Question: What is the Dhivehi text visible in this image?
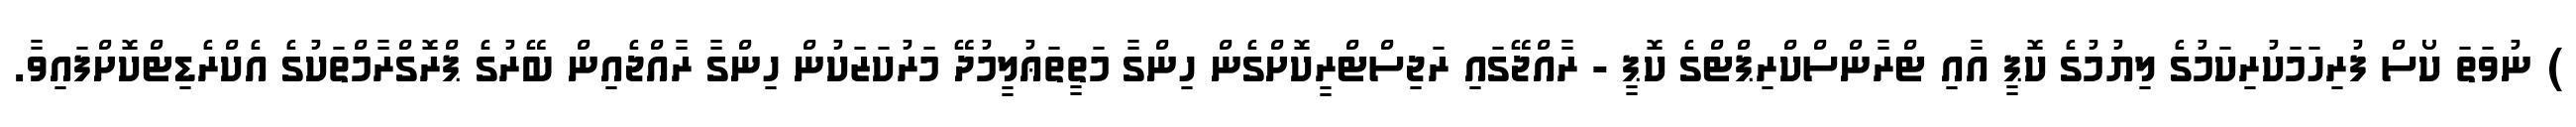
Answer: ) ނުވަތަ ކޯސް ފުރިހަމަކުރިކަމުގެ ލިޔުމުގެ ކޮޕީ އާއި ޓްރާންސްކްރިޕްޓްގެ ކޮޕީ - ރާއްޖޭގައި ރަޖިސްޓްރީކޮށްގެން ހިންގާ މަތީތަޢުލީމުދޭ މަރުކަޒަކުން ހިންގާ ރާއްޖެއިން ބޭރުގެ ޕްރޮގްރާމްތަކުގެ އެކްރެޑިޓްކޮށްފައިވާ.